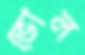
ভোল